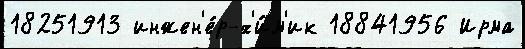
18251913 инжен'е́р-х'и́м'ик 18841956 Ирма